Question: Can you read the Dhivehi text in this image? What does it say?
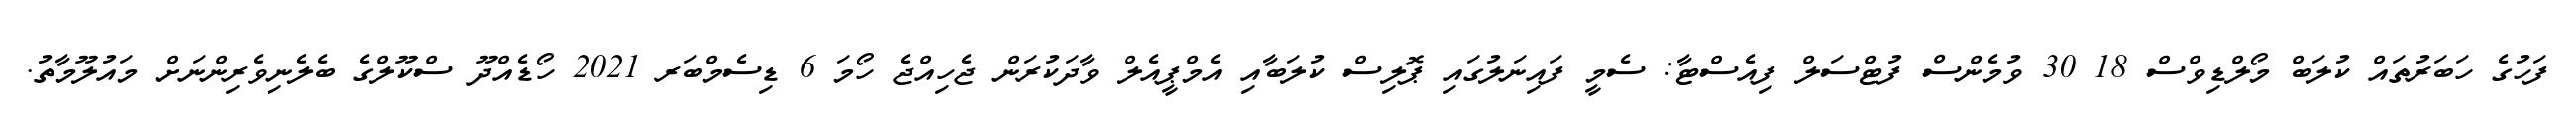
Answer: ފަހުގެ ހަބަރުތައް ކުލަބް މޯލްޑިވްސް 18 30 ވުމެންސް ފުޓްސަލް ފިއެސްޓާ: ސެމީ ފައިނަލުގައި ޕޮލިސް ކުލަބާއި އެމްޕީއެލް ވާދަކުރަން ޖެހިއްޖެ ހޯމަ 6 ޑިސެމްބަރ 2021 ހޯޑެއްދޫ ސްކޫލްގެ ބެލެނިވެރިންނަށް މައުލޫމާތު.